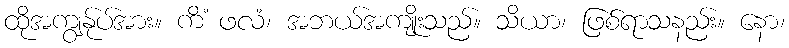
ထိုအကျွန်ုပ်အား။ ကိံ ဖလံ၊ အဘယ်အကျိုးသည်။ သိယာ၊ ဖြစ်ရာသနည်း။ နော၊